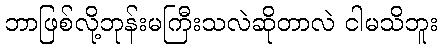
ဘာဖြစ်လို့ဘုန်းမကြီးသလဲဆိုတာလဲ ငါမသိဘူး